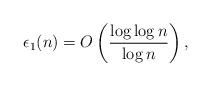
LaTeX: \begin{align*}\epsilon_1(n)=O\left(\frac{\log\log n}{\log n}\right),\end{align*}